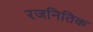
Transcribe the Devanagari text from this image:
रजनितिक